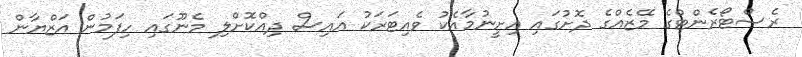
ރެސްޓޯރެންޓްގެ މޭޒެއްގެ ދޮށުގައި އިށީނުމާއެކު ވެއިޓަރަކު އައިސް ދިއްކޮށްލި މެނޫގައި ހިފަމުން އަޒްޔާން